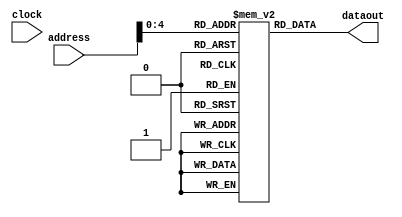
module instruction_memory_haz(dataout,address,clock);

input[31:0] address;
output reg[31:0] dataout;
reg[31:0] SRAM[24:0];
input clock;

parameter R0 = 5'b0;
parameter R1 = 5'b01;
parameter R2 = 5'b10;
parameter R3 = 5'b11;
parameter R4 = 5'b100;
parameter R5 = 5'b101;
parameter R6 = 5'b110;


parameter NOP = 6'b0;
parameter ADD = 6'b1;
parameter SUB = 6'b10;
parameter STORE = 6'b11;
parameter LOAD= 6'b100;
parameter MOVE = 6'b101;
parameter SGE = 6'b110;
parameter SLE = 6'b111;
parameter SGT = 6'b1000;
parameter SLT = 6'b1001;
parameter SEQ = 6'b1010;
parameter SNE = 6'b1011;
parameter AND = 6'b1100;
parameter OR = 6'b1101;
parameter XOR= 6'b1110;
parameter NOT = 6'b1111;
parameter MOVEI = 6'b10000;
parameter SLI = 6'b10001;
parameter SRI = 6'b10010;
parameter ADDI = 6'b10011;
parameter SUBI = 6'b10100;
parameter JUMP = 6'b10101;
parameter BRA = 6'b10110;
parameter ADDF = 6'b10111;
parameter MULF = 6'b 11000;

initial 
begin
	
        
        SRAM[32'b00]  = {LOAD,R0,R1,16'b1100100};
	SRAM[32'b01]  = {NOP,26'b0};
        SRAM[32'b10]  = {SLI,R1,R2,16'b1};
        SRAM[32'b11]  = {ADD,R1,R2,R3,11'b0};
        SRAM[32'b100]  = {SRI,R1,R4,16'b101};
	SRAM[32'b101] = {BRA,R1,5'b1,16'b110};
        SRAM[32'b110] = {STORE,R2,R0,16'b11001000};
        SRAM[32'b111] = {ADDI,R3,R5,16'b1};
	SRAM[32'b1000] = {SUBI,R4,R6,16'b1};
        SRAM[32'b1001] = {JUMP,26'b1101};
	SRAM[32'b1010] = {NOP,26'b0};
	SRAM[32'b1011] = {SUBI,R3,R5,16'b1};
	SRAM[32'b1100] = {ADDI,R4,R6,16'b1};
	SRAM[32'b1101] = {STORE,R5,R0,16'b11001001};
	SRAM[32'b1110] = {STORE,R6,R0,16'b11001010};
				
end

always@(address)
begin
 dataout = SRAM[address];
end



endmodule